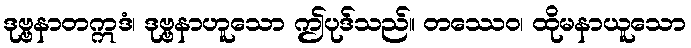
ဒုဗ္ဗနာတဣဒံ၊ ဒုဗ္ဗနာဟူသော ဤပုဒ်သည်။ တဿေဝ၊ ထိုမနာယူသော